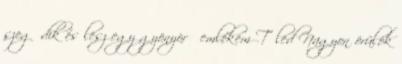
szegődik és lesz egy gyönyörű emlékem Tőled Nagyon örülök